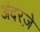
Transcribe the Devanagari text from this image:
अंदरज़े